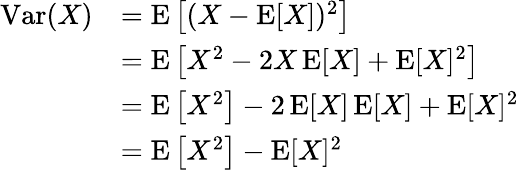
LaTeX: {\begin{array}{rl}{\operatorname{Var}(X)}&{=\operatorname{E}\left[(X-\operatorname{E}[X])^{2}\right]}\\ &{=\operatorname{E}\left[X^{2}-2X\operatorname{E}[X]+\operatorname{E}[X]^{2}\right]}\\ &{=\operatorname{E}\left[X^{2}\right]-2\operatorname{E}[X]\operatorname{E}[X]+\operatorname{E}[X]^{2}}\\ &{=\operatorname{E}\left[X^{2}\right]-\operatorname{E}[X]^{2}}\end{array}}